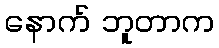
နောက် ဘူတာက